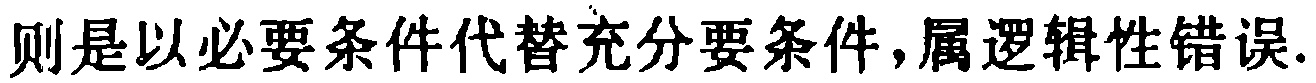
则是以必要条件代替充分要条件,属逻辑性错误.